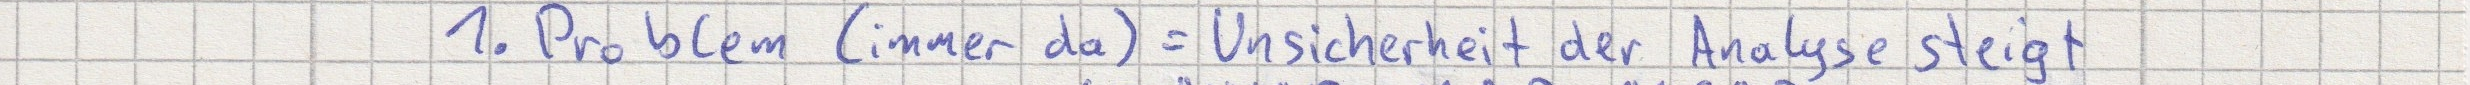
1. Problem (immer da) = Unsicherheit der Analyse steigt